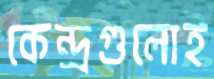
কেন্দ্রগুলোই